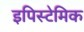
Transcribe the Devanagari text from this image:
इपिस्टेमिक